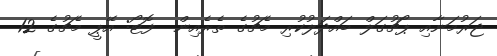
ޖަރުމަނާއި ޕޯޗުގަލް ބައްދަލުކުރި މެޗުގެ ތެރެއިން  ފޮޓޯ: އޭޕީ މެޗުގެ 12